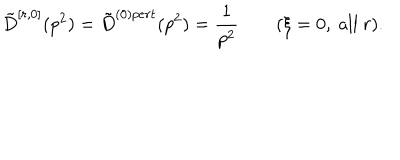
\tilde { D } ^ { [ r , 0 ] } ( p ^ { 2 } ) = \tilde { D } ^ { ( 0 ) p e r t } ( p ^ { 2 } ) = \frac { 1 } { p ^ { 2 } } \qquad ( \xi = 0 , \mathrm { ~ a l l ~ } r ) .